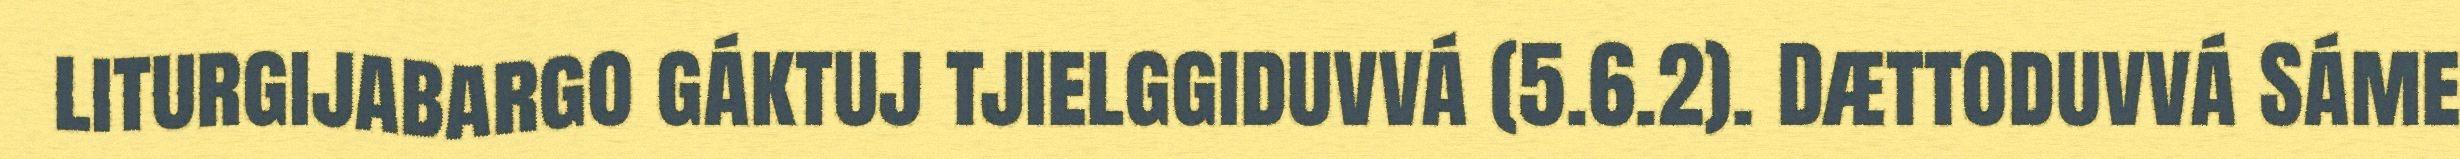
liturgijabargo gáktuj tjielggiduvvá (5.6.2). Dættoduvvá Sáme